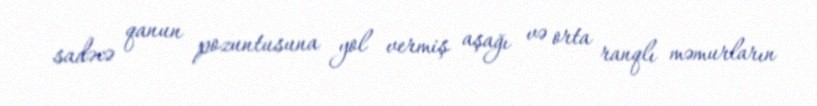
sadəcə qanun pozuntusuna yol vermiş aşağı və orta ranqlı məmurların